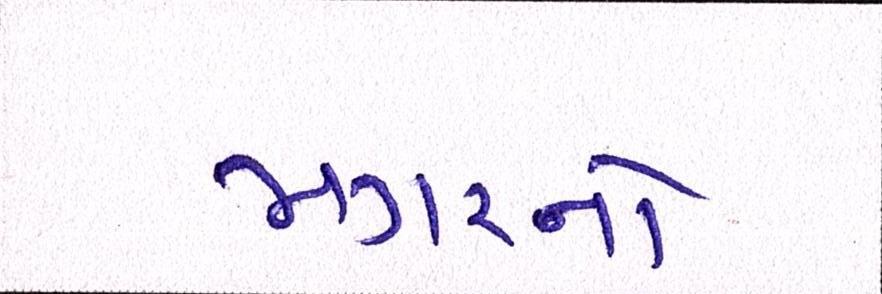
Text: મગરનો